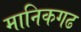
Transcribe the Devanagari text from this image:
मानिकगढ